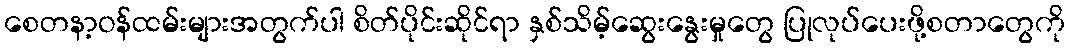
စေတနာ့ဝန်ထမ်းများအတွက်ပါ စိတ်ပိုင်းဆိုင်ရာ နှစ်သိမ့်ဆွေးနွေးမှုတွေ ပြုလုပ်ပေးဖို့စတာတွေကို